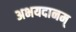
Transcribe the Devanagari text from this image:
अभयदानम्